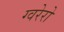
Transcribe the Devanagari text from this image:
ग्वरेरो